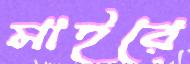
মাইরে